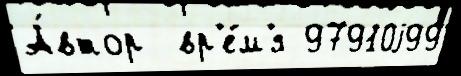
А́втор  вр'е́м'я 97910j99